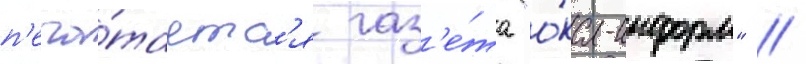
п'еча́таетс'я газ'е́та "о́ка-информ" //